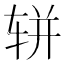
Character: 𫐌